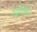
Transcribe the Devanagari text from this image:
धर्माग्या